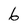
Character: 6